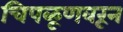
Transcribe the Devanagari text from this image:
चिपळूणवरून